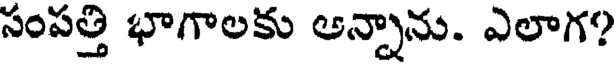
సంపత్తి భాగాలకు ఆన్నాను. ఎలాగ?